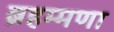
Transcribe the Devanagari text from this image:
ब्रहम्मणा